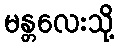
မန္တလေးသို့